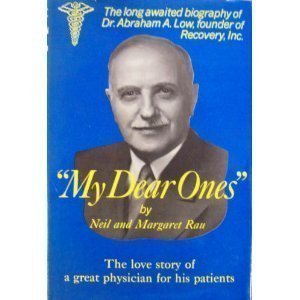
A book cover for "My Dear Ones": The Love Story of a Great Physician for His Patients; Neil Rau; Computers & Technology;